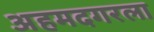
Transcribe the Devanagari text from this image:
अहमदगरला